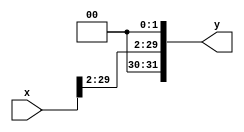
module SL (x, y);
input [31:0] x;
output [31:0] y;

  assign y = {x[29:2], 2'b00};

endmodule